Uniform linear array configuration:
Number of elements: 32
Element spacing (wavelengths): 0.5
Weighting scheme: binomial
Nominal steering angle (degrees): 60
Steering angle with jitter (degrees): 60.336
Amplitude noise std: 0.05
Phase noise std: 0.05

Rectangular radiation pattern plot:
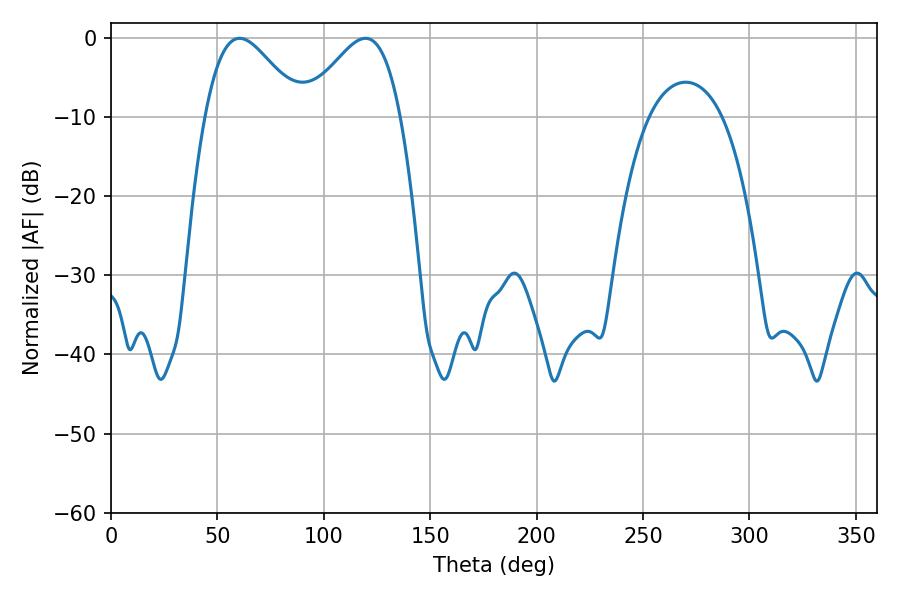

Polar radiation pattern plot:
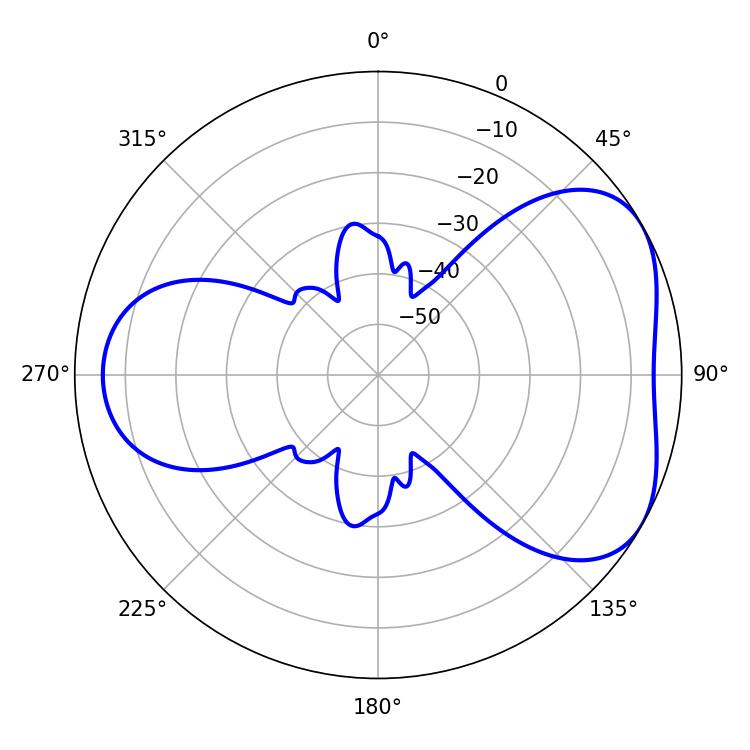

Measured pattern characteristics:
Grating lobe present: FALSE
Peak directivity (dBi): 4.65
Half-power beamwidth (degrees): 24.12
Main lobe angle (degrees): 60.48